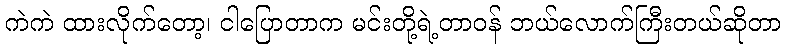
ကဲကဲ ထားလိုက်တော့၊ ငါပြောတာက မင်းတို့ရဲ့တာဝန် ဘယ်လောက်ကြီးတယ်ဆိုတာ